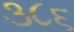
૩૮૬